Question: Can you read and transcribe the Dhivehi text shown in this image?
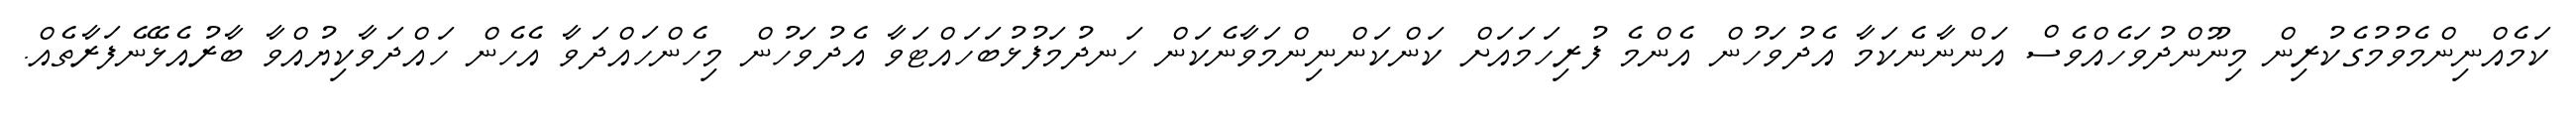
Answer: ކަމެއްނިންމެވުމުގެކުރިން މިނޫންދުވަހެއްވެސް އަންނާނެކަމާ އެދުވަހުން އެންމެ ފުރިހަމައަށް ކަންކަންނިންމަވާނެކަން ހަނދުމަފުޅުބަހައްޓަވާ އެދުވަހުން މިހެންހައްދަވާ އެހެން ހައްދަވާކިޔުއްވާ ބާރުއެޅޭނެފަރާތެއް.